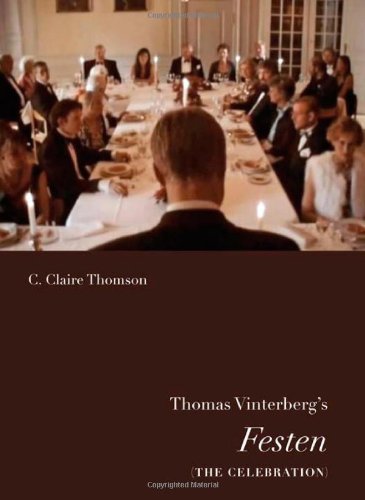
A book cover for Thomas Vinterberg's Festen (The Celebration) (Nordic Film Classics); C. Thomson; Arts & Photography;